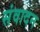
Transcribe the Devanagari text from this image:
संवादन